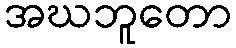
အဃဘူတော